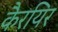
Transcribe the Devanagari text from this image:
कैरयिर